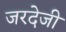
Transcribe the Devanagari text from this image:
जरदेजी